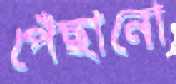
পেঁছানো